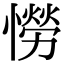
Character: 憦